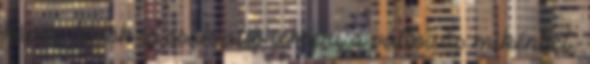
képes főnök is csak alig ismeri a változás mikéntjét,